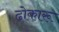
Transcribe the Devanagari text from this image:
ढोकारू